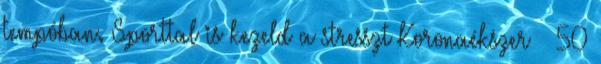
tempóban. Sporttal is kezeld a stresszt Koronaékszer – 50